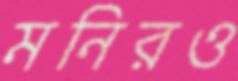
মনিরও